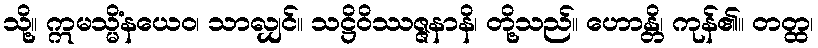
သို့။ ဣမသ္မိံနယေဝ၊ သာလျှင်။ သဋ္ဌိဝိဿဇ္ဇနာနိ၊ တို့သည်။ ဟောန္တိ၊ ကုန်၏။ တတ္ထ၊